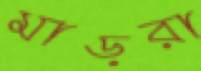
মাড়রা